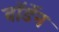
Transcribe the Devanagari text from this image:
बॉर्डेन